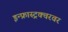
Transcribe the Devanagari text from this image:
इन्फ्रास्ट्रक्चरवर